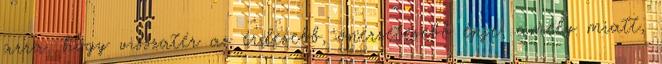
arra, hogy visszatér az érdesebb, önérzetesebb énje, amely miatt,